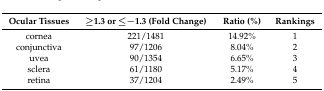
<table><thead><tr><td><b>Ocular Tissues</b></td><td><b>≥1.3 or ≤−1.3 (Fold Change)</b></td><td><b>Ratio (%)</b></td><td><b>Rankings</b></td></tr></thead><tbody><tr><td>cornea</td><td>221/1481</td><td>14.92%</td><td>1</td></tr><tr><td>conjunctiva</td><td>97/1206</td><td>8.04%</td><td>2</td></tr><tr><td>uvea</td><td>90/1354</td><td>6.65%</td><td>3</td></tr><tr><td>sclera</td><td>61/1180</td><td>5.17%</td><td>4</td></tr><tr><td>retina</td><td>37/1204</td><td>2.49%</td><td>5</td></tr></tbody></table>